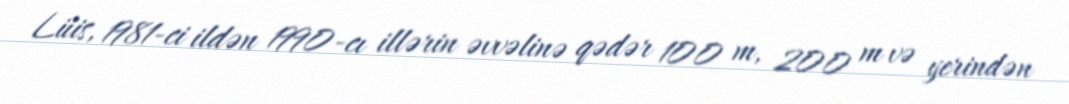
Lüis, 1981-ci ildən 1990-cı illərin əvvəlinə qədər 100 m, 200 m və yerindən